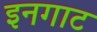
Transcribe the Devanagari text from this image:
इनगाट